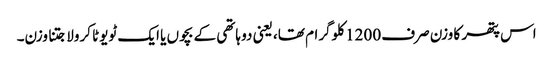
اس پتھر کا وزن صرف 1200 کلوگرام تھا، یعنی دو ہاتھی کے بچوں یا ایک ٹویوٹا کرولا جتنا وزن۔